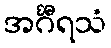
အင်္ဂီရသံ